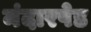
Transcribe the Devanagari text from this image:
मंदारपेड